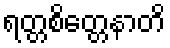
ရတ္တစိတ္တေနာတိ